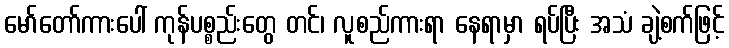
မော်တော်ကားပေါ် ကုန်ပစ္စည်းတွေ တင်၊ လူစည်ကားရာ နေရာမှာ ရပ်ပြီး အသံ ချဲ့စက်ဖြင့်